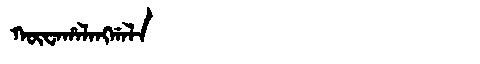
Manchu: ᡴᡡᠸᠠᡥᠠᠯᠠᠩᡤᠠᠯᠠ
Romanization: KŪWAHALANGGALA